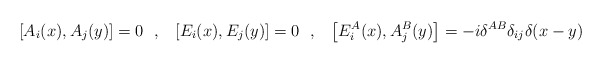
\begin{align*}\left[ A_i(x),A_j(y)\right]=0~~,~~\left[E_i(x),E_j(y)\right]=0~~,~~\left[ E^A_i(x),A^B_j(y)\right]=-i\delta^{AB}\delta_{ij}\delta(x-y)\end{align*}